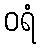
ဝရံ